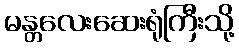
မန္တလေးဆေးရုံကြီးသို့